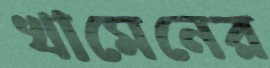
খামেনের